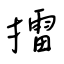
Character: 擂